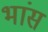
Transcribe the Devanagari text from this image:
भांस